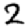
Digit: 2